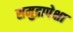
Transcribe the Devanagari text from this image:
समुद्रापेक्षा